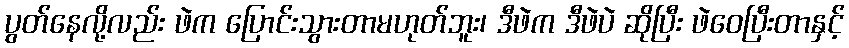
ပွတ်နေလို့လည်း ဖဲက ပြောင်းသွားတာမဟုတ်ဘူး၊ ဒီဖဲက ဒီဖဲပဲ ဆိုပြီး ဖဲဝေပြီးတာနှင့်